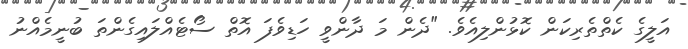
އަލީގެ ކެތްތެރިކަން ކޮޅުންލިއެވެ. "ދެން މަ ދާންވީ ހަޑިވެފަ އޮތް ސޯޓެއްލައިގެންތަ ބުނީމެއްނު